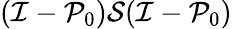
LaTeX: (\mathcal{I}-\mathcal{P}_{0})\mathcal{S}(\mathcal{I}-\mathcal{P}_{0})